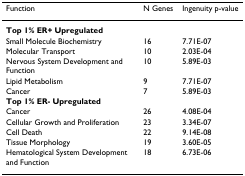
<table><thead><tr><td><b>Function</b></td><td><b>N Genes</b></td><td><b>Ingenuity p-value</b></td></tr></thead><tbody><tr><td><b>Top 1% ER+ Upregulated</b></td><td></td><td></td></tr><tr><td>Small Molecule Biochemistry</td><td>16</td><td>7.71E-07</td></tr><tr><td>Molecular Transport</td><td>10</td><td>2.03E-04</td></tr><tr><td>Nervous System Development and Function</td><td>10</td><td>5.89E-03</td></tr><tr><td>Lipid Metabolism</td><td>9</td><td>7.71E-07</td></tr><tr><td>Cancer</td><td>7</td><td>5.89E-03</td></tr><tr><td><b>Top 1% ER- Upregulated</b></td><td></td><td></td></tr><tr><td>Cancer</td><td>26</td><td>4.08E-04</td></tr><tr><td>Cellular Growth and Proliferation</td><td>23</td><td>3.34E-07</td></tr><tr><td>Cell Death</td><td>22</td><td>9.14E-08</td></tr><tr><td>Tissue Morphology</td><td>19</td><td>3.60E-05</td></tr><tr><td>Hematological System Development and Function</td><td>18</td><td>6.73E-06</td></tr></tbody></table>